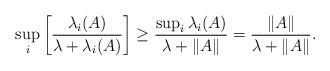
LaTeX: \begin{align*}\sup_i \left[\frac{\lambda_i(A)}{\lambda + \lambda_i(A)} \right] \geq \frac{\sup_i \lambda_i(A)}{\lambda + \|A \|} = \frac{\|A \|}{\lambda + \|A\|}.\end{align*}